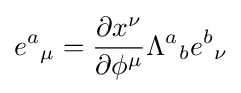
e^{a}{}_{\mu }={\frac {\partial x^{\nu }}{\partial \phi ^{\mu }}}\Lambda ^{a}{}_{b}e^{b}{}_{\nu }